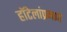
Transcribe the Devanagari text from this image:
हॉटेलांप्रमाणे